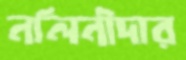
নলিনীদার